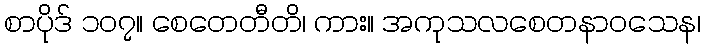
စာပိုဒ် ၁၀၇။ စေတေတီတိ၊ ကား။ အကုသလစေတနာဝသေန၊